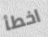
اخطأ